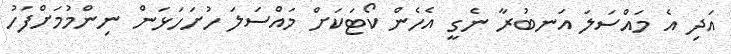
އަދި އެ މައްސަލަ އަނބުރާ ނެގީ އެހެން ކޯޓަކަށް މައްސަލަ ހުށަހަޅަން ނިންމުމަށްފަހު